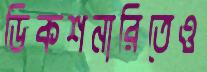
ডিকশনারিতেও